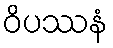
ဝိပဿနံ